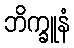
ဘိက္ခူနံ